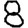
Digit: 8